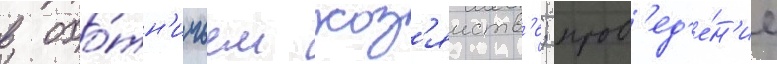
в охо́тн'ичьем хоз'яиств'е; пров'ед'е́н'ие